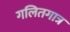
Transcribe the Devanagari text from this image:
गलितगात्र